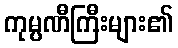
ကုမ္ပဏီကြီးများ၏